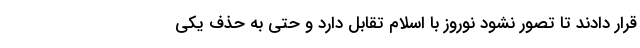
قرار دادند تا تصور نشود نوروز با اسلام تقابل دارد و حتی به حذف یکی